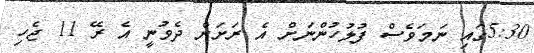
5:30ގައި ނަމަވެސް ފުލުހުންނަށް އެ ރަށަށް ދެވުނީ އެ ރޭ 11 ޖެހި